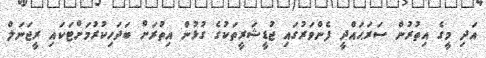
އަދި މީގެ އިތުރުން ސަރަޙައްދީ ފެންވަރުގައި ޖުޑީޝަރީތަކުގެ ގުޅުން އިތުރަށް ބަދަހިކުރުމަށްޓަކައި ރީޖަނަލް